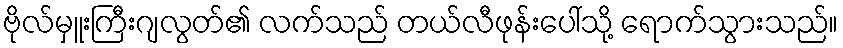
ဗိုလ်မှူးကြီးဂျလွတ်၏ လက်သည် တယ်လီဖုန်းပေါ်သို့ ရောက်သွားသည်။